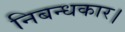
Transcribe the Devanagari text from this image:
निबन्धकार।